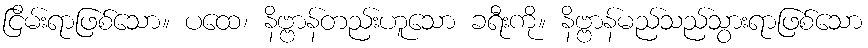
ငြိမ်းရာဖြစ်သော။ ပထေ၊ နိဗ္ဗာန်တည်းဟူသော ခရီးကို။ နိဗ္ဗာန်မည်သည်သွားရာဖြစ်သော